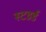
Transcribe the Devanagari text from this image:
स्टडर्ड